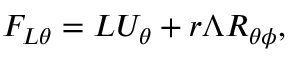
F _ { L \theta } = L U _ { \theta } + r \Lambda { \cal { R } } _ { \theta \phi } ,